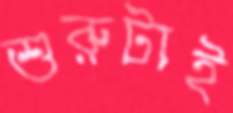
শুরুটাই